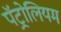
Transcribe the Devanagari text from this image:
पॅट्रोलियम